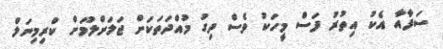
ސަފާއާ އެކު އިތުރު ފަސް މީހަކު ވެސް ދިގު މުއްދަތަކަށް ޖަލަށްލުމަށް ކްރިމިނަލް